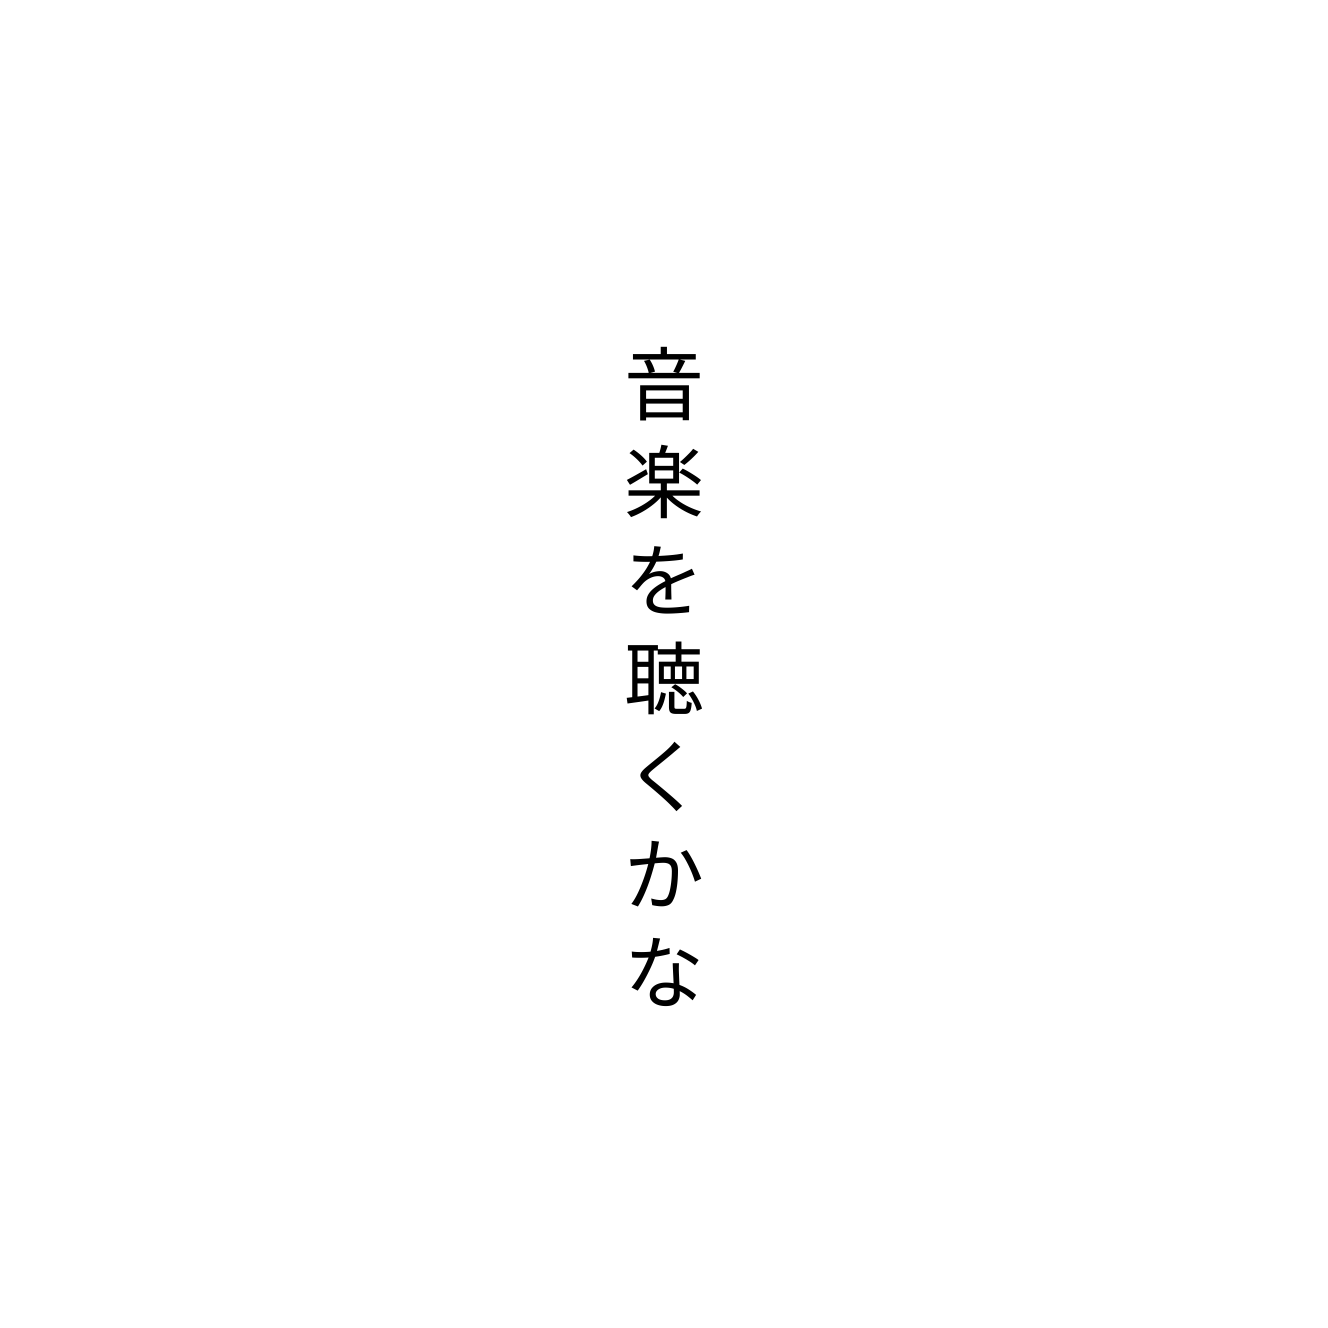
音楽を聴くかな